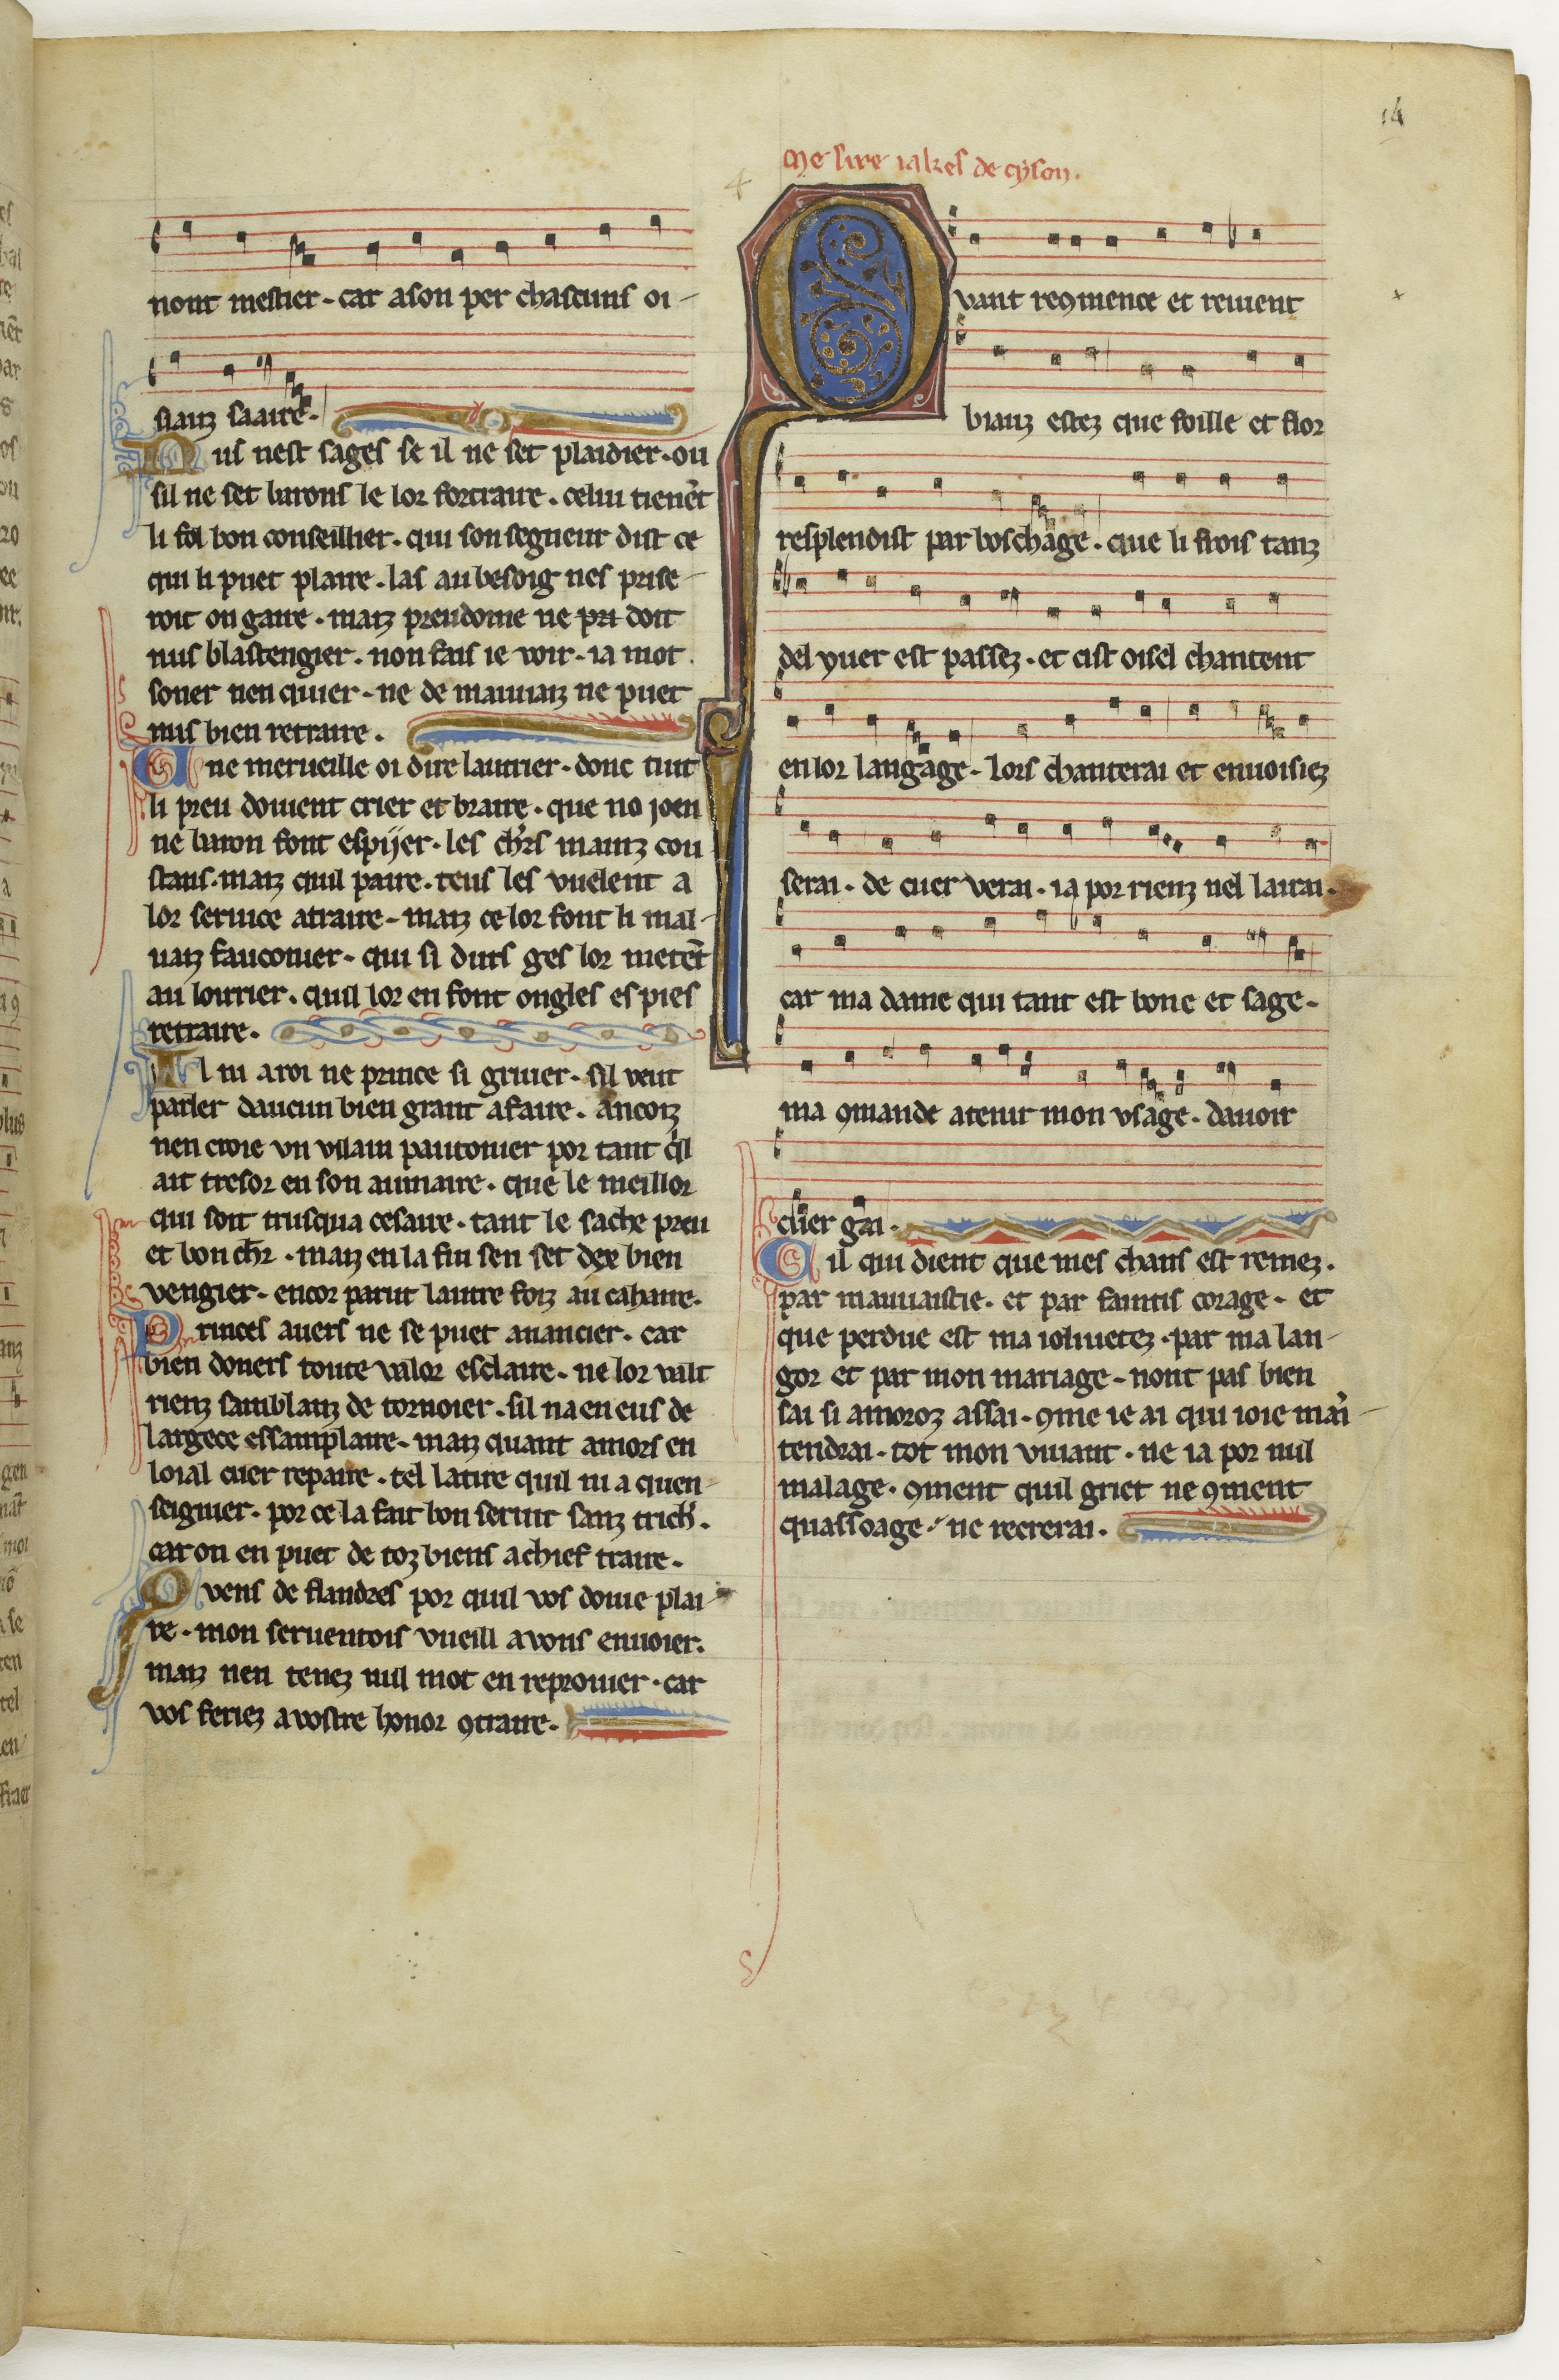
Shelfmark: Paris, BnF, fr. 844
Century: 13